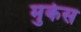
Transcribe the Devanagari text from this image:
मुकेस